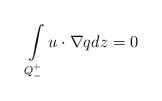
LaTeX: \begin{align*} \int\limits_{Q_-^+}u\cdot\nabla q dz=0\end{align*}